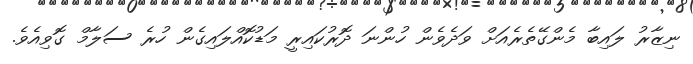
ނިޒާރު ލައިބާ މެންގޭތެރެއަށް ވަދެވެން ހުންނަ ދޮރުކައިރީ މަޑުކޮއްލައިގެން ހުރެ ސަލާމް ގޮވިއެވެ.